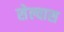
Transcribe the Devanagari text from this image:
सेल्वास